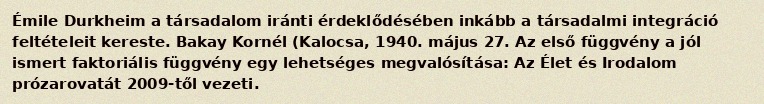
Émile Durkheim a társadalom iránti érdeklődésében inkább a társadalmi integráció feltételeit kereste. Bakay Kornél (Kalocsa, 1940. május 27. Az első függvény a jól ismert faktoriális függvény egy lehetséges megvalósítása: Az Élet és Irodalom prózarovatát 2009-től vezeti.